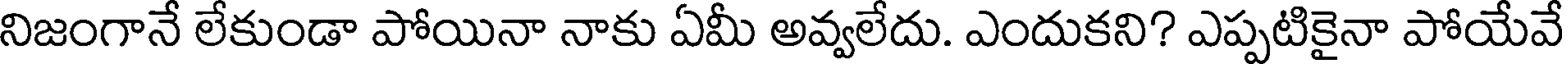
నిజంగానే లేకుండా పోయినా నాకు ఏమీ అవ్వలేదు. ఎందుకని? ఎప్పటికైనా పోయేవే